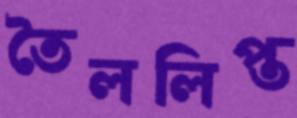
তৈললিপ্ত